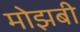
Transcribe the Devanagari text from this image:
मोझबी